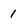
Character: 1